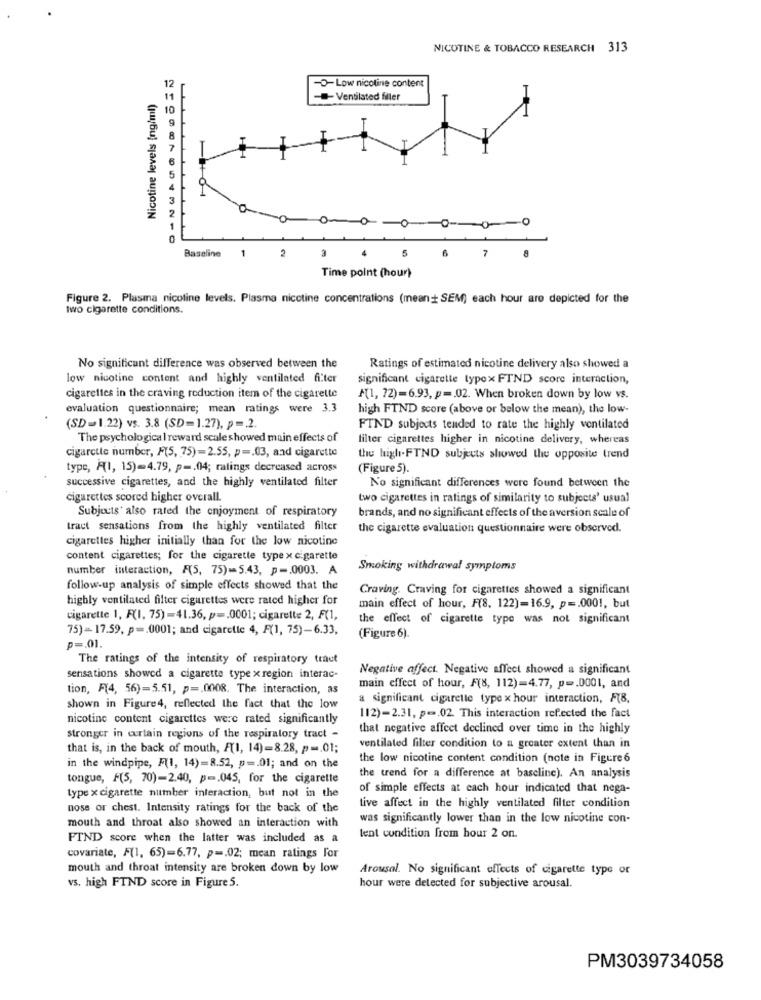
NICOTINE & TOBACCO RESEARCH 313
-O-Low nicotine content
Nicotine levels [ng/ml)
- Ventilated filler
0 -0 ------- 0
2
3
5
6
8
Baseline
1
7
Time point (hour)
Figure 2. Plasma nicoline levels. Plasma nicotine concentrations (mean + SEM) each hour are depicted for the
two cigarette conditions.
No significant difference was observed between the
Ratings of estimated nicotine delivery also showed a
low nicotine content and highly ventilated filter
significant cigarette typox FTND score interaction,
cigarettes in the craving reduction item of the cigarette
M(1, 72)=6.93, p =. 02. When broken down by low vs.
evaluation questionnaire; mean ratings were 3.3
high FTND score (above or below the mean), the low-
(SD=1.22) vs. 3.8 (SD=1.27), p =. 2.
FIND subjects tended to rate the highly ventilated
The psychological reward scale showed main effects of
filter cigarettes higher in nicotine delivery, whereas
cigarette number, F(5, 75) =2.55, p =. 03, and cigarette
the high-FTND subjects showed the opposite trend
type, A(1, 15)-4.79, p -. 04; ratings decreased across
(Figure 5).
successive cigarettes, and the highly ventilated filter
No significant differences were found between the
cigarettes scored higher overall.
two cigarettes in ratings of similarity to subjects' usual
Subjects' also rated the enjoyment of respiratory
brands, and no significant effects of the aversion scale of
tract sensations from the highly ventilated filter
the cigarette evaluation questionnaire were observed.
cigarettes higher initially than for the low nicotine
content cigarettes; for the cigarette type x cigarette
number interaction, A(5, 75)-5.43, p -. 0003. A
Smoking withdrawal symptoms
follow-up analysis of simple effects showed that the
Craving. Craving for cigarettes showed a significant
highly ventilated filter cigarettes were rated higher for
main effect of hour, F(8, 122)=16.9, p =. 0001, but
cigarette 1, F(1. 75)=41.36, p =. 0001; cigarette 2, F(1,
the effect of cigarette type was not significant
75)-17.59, p =. 0001; and cigarette 4, F(1, 75)-6.33,
(Figure 6).
p =. 01.
The ratings of the intensity of respiratory tract
Negative affect. Negative affect showed a significant
sensations showed a cigarette type x region interac-
tion, F(4, 56)=5.51, p =. 0008. The interaction, as
main effect of hour, F(8, 112)=4.77, p =. 0001, and
a significant cigarette type x hour interaction, F(8,
shown in Figure4, reflected the fact that the low
nicotine content cigarettes were rated significantly
112)-2.31, p =. 02. This interaction ref.ected the fact
that negative affect declined over time in the highly
stronger in certain regions of the respiratory tract -
that is, in the back of mouth, F[1, 14)=8.28, p -. 01;
ventilated filter condition to a greater extent than in
the low nicotine content condition (note in Figure6
in the windpipe, F(1, 14)=8.52, p =. 01; and on the
tongue, F(5, 70)-2.40, p =. 045, for the cigarette
the trend for a difference at baseline). An analysis
of simple effects at each hour indicated that nega-
type x cigarette number interaction, but not in the
nose or chest. Intensity ratings for the back of the
tive affect in the highly ventilated filter condition
mouth and throat also showed an interaction with
was significantly lower than in the low nicotine con-
FIND score when the latter was included as a
tent condition from hour 2 on.
covariate, F(1, 65)=6.77, p -. 02; mean ratings For
mouth and throat intensity are broken down by low
Arousal. No significant effects of cigarette type or
vs. high FIND score in Figure 5.
hour were detected for subjective arousal.
PM3039734058